Vaccination United Provinces of Agra and Oudh 1923-1928 - 1923-1928
Year: 1923
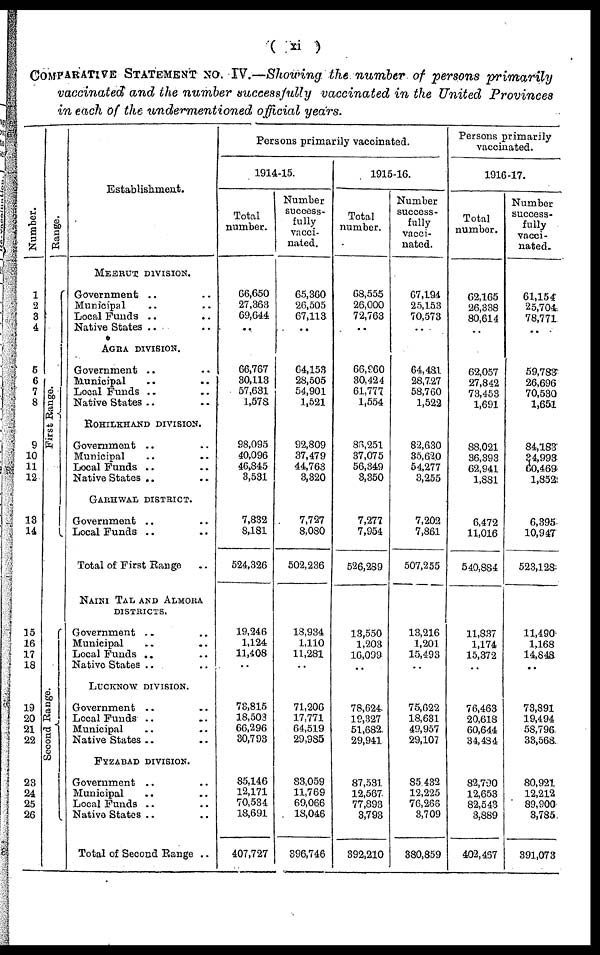
( xi)
COMPARATIVE STATEMENT No. IV.—Showing the number of persons primarily
vaccinated and the number successfully vaccinated in the United Provinces
in each of the undermentioned official years.
Number.
1
2
3
4
5
6
7
8
9
10
11
12
18
14
15
16
17
18
19
20
21
22
23
24
25
26
Range.
First Range.
Second Range.
Establishment.
MEERUT DIVISION.
Government .. ..
Municipal .. ..
Local funds .. ..
Native States .. ..
AGRA DIVISION.
Government .. ..
Municipal .. ..
Local Funds .. ..
Native States .. ..
ROHILKHAND DIVISION.
Government .. ..
Municipal .. ..
Local Funds .. ..
Native States .. ..
GARHWAL DISTRICT.
Government .. ..
Local Funds .. ..
Total of First Range ..
NAINI TAL AND ALMORA
DISTRICTS.
Government .. ..
Municipal .. ..
Local Funds .. ..
Native States .. ..
LUCKNOW DIVISION.
Government .. ..
Local Funds .. ..
Municipal .. ..
Native States .. ..
FYZABAD DIVISION.
Government .. ..
Municipal
.. ..
Local Funds .. ..
Native States .. ..
Total of Second Range ..
Persons primarily vaccinated.
1914-15.
Total
number.
66,650
27,363
69,644
..
66,767
30,113
57,631
1,578
98,095
40,096
46,845
3,531
7,832
8,181
524,326
19,246
1,124
11,408
..
73,815
18,503
66,296
30,793
85,146
12,171
70,534
18,691
407,727
Number
success-
fully
vacci-
nated.
65,360
26,505
67,113
..
64,153
28,505
54,901
1,521
92,809
37,479
44,763
3,320
7,727
8,080
502,236
18,934
1,110
11,281
..
71,206
17,771
64,519
29,985
83,059
11,769
69,066
18,046
396,746
1915-16.
Total
number.
68,555
26,000
72,763
..
66,960
30,424
61,777
1,554
86,251
37,075
56,349
3,350
7,277
7,954
526,289
13,550
1,203
16,099
..
78,624
19,327
51,682
29,941
87,531
12,567
77,893
3,793
392,210
Number
success-
fully
vacci-
nated.
67,194
25,153
70,573
..
64,481
28,727
58,760
1,522
82,630
35,620
54,277
3,255
7,202
7,861
507,255
13,216
1,201
15,493
..
75,622
18,631
49,957
29,107
85,432
12,225
76,266
3,709
380,859
Persons primarily
vaccinated.
1916-17.
Total
number.
62,165
26,338
80,614
..
62,057
27,842
73,453
1,691
88,021
36,393
62,941
1,881
6,472
11,016
540,884
11,837
1,174
15,372
..
76,463
20,618
60,644
34,484
82,790
12,653
82,543
3,889
402,457
Number
success¬
fully
vacci-
nated.
61,154
25,704
78,771
..
59,783
26,696
70,530
1,651
84,183
34,993
60,469
1,852
6,395
10,947
523,128
11,490
1,168
14,848
..
73,891
19,494
58,796
33,568
80,921
12,212
89,900
3,785
391,073